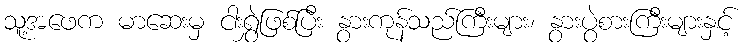
သူ့အဖေက မာဆေးမှ ငါးရွှဲဖြစ်ပြီး နွားကုန်သည်ကြီးများ၊ နွားပွဲစားကြီးများနှင့်